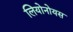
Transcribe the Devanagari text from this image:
लियोनोयस